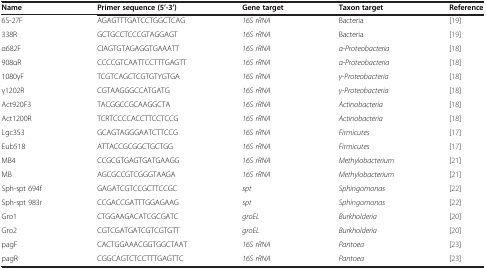
<table><thead><tr><td><b>Name</b></td><td><b>Primer sequence (5’-3’)</b></td><td><b>Gene target</b></td><td><b>Taxon target</b></td><td><b>Reference</b></td></tr></thead><tbody><tr><td>6S-27F</td><td>AGAGTTTGATCCTGGCTCAG</td><td><i>16S rRNA</i></td><td>Bacteria</td><td>[19]</td></tr><tr><td>338R</td><td>GCTGCCTCCCGTAGGAGT</td><td><i>16S rRNA</i></td><td>Bacteria</td><td>[19]</td></tr><tr><td>α682F</td><td>CIAGTGTAGAGGTGAAATT</td><td><i>16S rRNA</i></td><td><i>α-Proteobacteria</i></td><td>[18]</td></tr><tr><td>908αR</td><td>CCCCGTCAATTCCTTTGAGTT</td><td><i>16S rRNA</i></td><td><i>α-Proteobacteria</i></td><td>[18]</td></tr><tr><td>1080γF</td><td>TCGTCAGCTCGTGTYGTGA</td><td><i>16S rRNA</i></td><td><i>γ-Proteobacteria</i></td><td>[18]</td></tr><tr><td>γ1202R</td><td>CGTAAGGGCCATGATG</td><td><i>16S rRNA</i></td><td><i>γ-Proteobacteria</i></td><td>[18]</td></tr><tr><td>Act920F3</td><td>TACGGCCGCAAGGCTA</td><td><i>16S rRNA</i></td><td><i>Actinobacteria</i></td><td>[18]</td></tr><tr><td>Act1200R</td><td>TCRTCCCCACCTTCCTCCG</td><td><i>16S rRNA</i></td><td><i>Actinobacteria</i></td><td>[18]</td></tr><tr><td>Lgc353</td><td>GCAGTAGGGAATCTTCCG</td><td><i>16S rRNA</i></td><td><i>Firmicutes</i></td><td>[17]</td></tr><tr><td>Eub518</td><td>ATTACCGCGGCTGCTGG</td><td><i>16S rRNA</i></td><td><i>Firmicutes</i></td><td>[17]</td></tr><tr><td>MB4</td><td>CCGCGTGAGTGATGAAGG</td><td><i>16S rRNA</i></td><td><i>Methylobacterium</i></td><td>[21]</td></tr><tr><td>MB</td><td>AGCGCCGTCGGGTAAGA</td><td><i>16S rRNA</i></td><td><i>Methylobacterium</i></td><td>[21]</td></tr><tr><td>Sph-spt 694f</td><td>GAGATCGTCCGCTTCCGC</td><td><i>spt</i></td><td><i>Sphingomonas</i></td><td>[22]</td></tr><tr><td>Sph-spt 983r</td><td>CCGACCGATTTGGAGAAG</td><td><i>spt</i></td><td><i>Sphingomonas</i></td><td>[22]</td></tr><tr><td>Gro1</td><td>CTGGAAGACATCGCGATC</td><td><i>groEL</i></td><td><i>Burkholderia</i></td><td>[20]</td></tr><tr><td>Gro2</td><td>CGTCGATGATCGTCGTGTT</td><td><i>groEL</i></td><td><i>Burkholderia</i></td><td>[20]</td></tr><tr><td>pagF</td><td>CACTGGAAACGGTGGCTAAT</td><td><i>16S rRNA</i></td><td><i>Pantoea</i></td><td>[23]</td></tr><tr><td>pagR</td><td>CGGCAGTCTCCTTTGAGTTC</td><td><i>16S rRNA</i></td><td><i>Pantoea</i></td><td>[23]</td></tr></tbody></table>